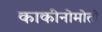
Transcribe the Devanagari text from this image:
काकीनोमोतो